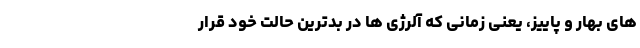
های بهار و پاییز، یعنی زمانی که آلرژی ها در بدترین حالت خود قرار